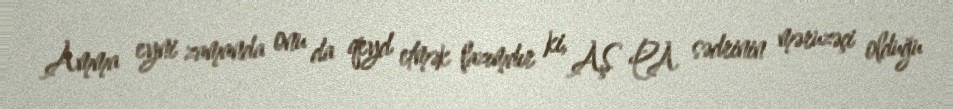
Amma eyni zamanda onu da qeyd etmək lazımdır ki, AŞ PA sədrinin məruzəçi olduğu